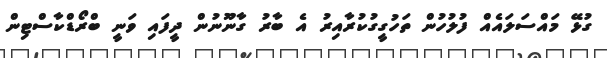
ގުޅޭ މައްސަލައެއް ފުލުހުން ތަހުގީގުކުރާއިރު އެ ބާރު ގާނޫނުން ދީފައި ވަނީ ބްރޯޑްކާސްޓިން